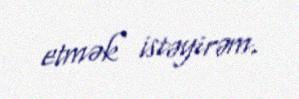
etmək istəyirəm.